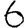
Digit: 6